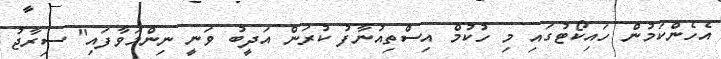
އެހެންކަމުން ހައިކޯޓުގައި މި ހުކުމް އިސްތިއުނާފު ކުރަން އަދީބު ވަނީ ނިންމަވާފައި" ސިރާޖު